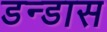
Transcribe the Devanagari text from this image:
डन्डास